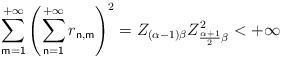
LaTeX: \begin{align*}\sum_{\mathsf{m=1}}^{+\infty }\left( \sum_{\mathsf{n=1}}^{+\infty }r_{\mathsf{n,m}}\right) ^{2}=Z_{\left( \alpha -1\right) \beta }Z_{\frac{\alpha+1}{2}\beta }^{2}<+\infty \end{align*}